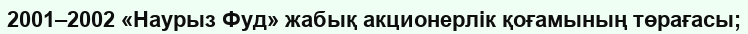
2001–2002 «Наурыз Фуд» жабық акционерлік қоғамының төрағасы;